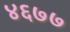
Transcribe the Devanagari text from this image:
४६७७